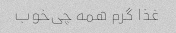
غذا گرم همه چی‌خوب